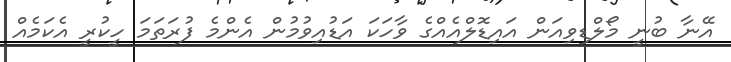
އޭނާ ބުނީ މޯލްޑިވިއަން އައިޑޮލްއެއްގެ ވާހަކަ އަޑުއިވުމުން އެންމެ ފުރަތަމަ ހީކުރީ އެކަމެއް